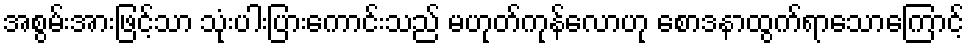
အစွမ်းအားဖြင့်သာ သုံးပါးပြားကောင်းသည် မဟုတ်ကုန်လောဟု စောဒနာထွက်ရာသောကြောင့်